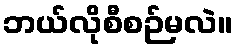
ဘယ်လိုစီစဉ်မလဲ။